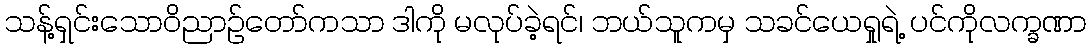
သန့်ရှင်းသောဝိညာဉ်တော်ကသာ ဒါကို မလုပ်ခဲ့ရင်၊ ဘယ်သူကမှ သခင်ယေရှုရဲ့ ပင်ကိုလက္ခဏာ